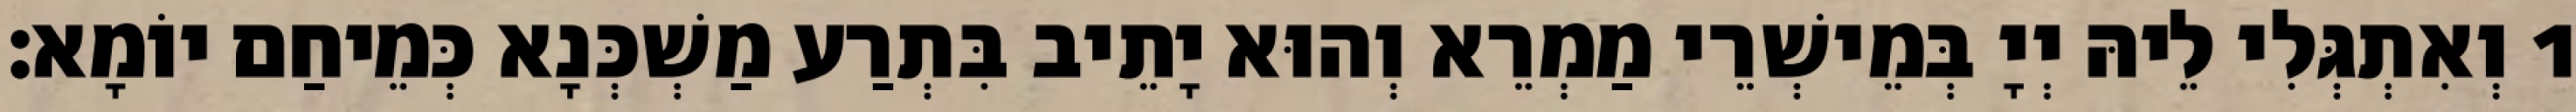
1 וְאִתְגְּלִי לֵיהּ יְיָ בְּמֵישְׁרֵי מַמְרֵא וְהוּא יָתֵיב בִּתְרַע מַשְׁכְּנָא כְּמֵיחַם יוֹמָא׃